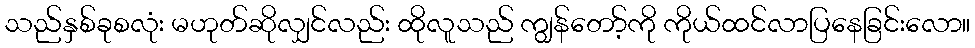
သည်နှစ်ခုစလုံး မဟုတ်ဆိုလျှင်လည်း ထိုလူသည် ကျွန်တော့်ကို ကိုယ်ထင်လာပြနေခြင်းလော။